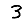
Digit: 3